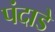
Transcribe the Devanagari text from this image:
पंदाडे